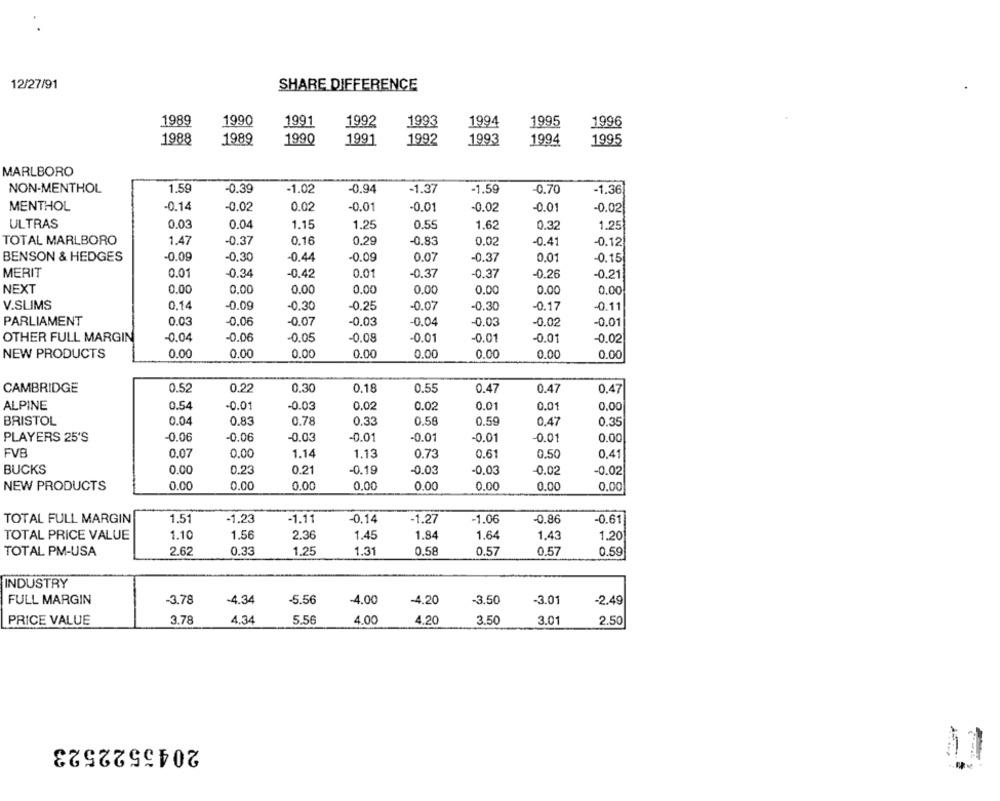
12/27/91
SHARE DIFFERENCE
1989
1990
1991
1992
1993
1994
1995
1996
1988
1989
1990
1991
1992
1993
1994
1995
MARLBORO
NON-MENTHOL
1.59
-0.39
-1.02
-0.94
-1.37
-1.59
-0.70
-1,36
MENTHOL
-0.14
-0.02
0.02
-0.01
-0.01
-0.0
-0.01
-0.02
ULTRAS
0.03
0.04
1.15
1.25
0.55
1.62
0.32
1.25
TOTAL MARLBORO
1.47
-0.37
0.16
0,29
-0.83
0.02
-0.41
-0.12
BENSON & HEDGES
-0.09
-0.30
-0.09
-0.44
0.07
-0.37
0.01
-0.15
MERIT
0.01
-0.34
0.01
-0.37
-0.42
-0.37
-0.26
-0.21
NEXT
0.00
0.00
0.00
0.00
0.00
0.00
0.00
0.00
V.SLIMS
0.14
-0.09
-0.30
-0.25
-0.07
-0.30
-0.17
-0.11
0.03
-0.06
PARLIAMENT
-0.07
-0.03
-0.04
-0.03
-0.02
-0.01
OTHER FULL MARGIN
-0.04
-0.06
-0.05
-0.08
-0.01
-0.01
-0.01
-0.02
0.00
0.00
0.00
NEW PRODUCTS
0.00
0.00
0.00
0.00
0.00
CAMBRIDGE
0.52
0.22
0.30
0.18
0.55
0.47
0.47
0.47
ALPINE
0.54
-0.01
-0.03
0.02
0.02
0.01
0.01
0.00
BRISTOL
0.04
0.83
0.78
0.33
0.58
0.59
0,47
0.35
PLAYERS 25'S
-0.06
-0.06
-0.03
-0.01
-0.01
-0.01
-0.01
0.00
FVB
0.07
0,00
1.14
1.13
0.73
0.61
0,50
0.41
BUCKS
0.00
0.23
0.21
-0.19
-0.03
-0,03
-0.02
-0.02
NEW PRODUCTS
0.00
0.00
0.00
0.00
0.00
0.00
0.00
0.00
TOTAL FULL MARGIN
1.51
-1,23
-1.11
-0,14
-1.27
-1.06
-0.86
-0.61
TOTAL PRICE VALUE
1.10
1.56
2.36
1.45
1.84
1.64
1.43
1.20
TOTAL PM-USA
2.62
0.33
1.25
1.31
0.58
0.57
0.57
0.59
INDUSTRY
FULL MARGIN
-3.78
-4.34
-5.56
-4.00
-4.20
-3.50
-3.01
-2.49
PRICE VALUE
3.78
4.34
5.56
4.00
4.20
3.50
3.01
2.50
2045522523